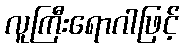
လူကြီးရောဂါဖြင့်